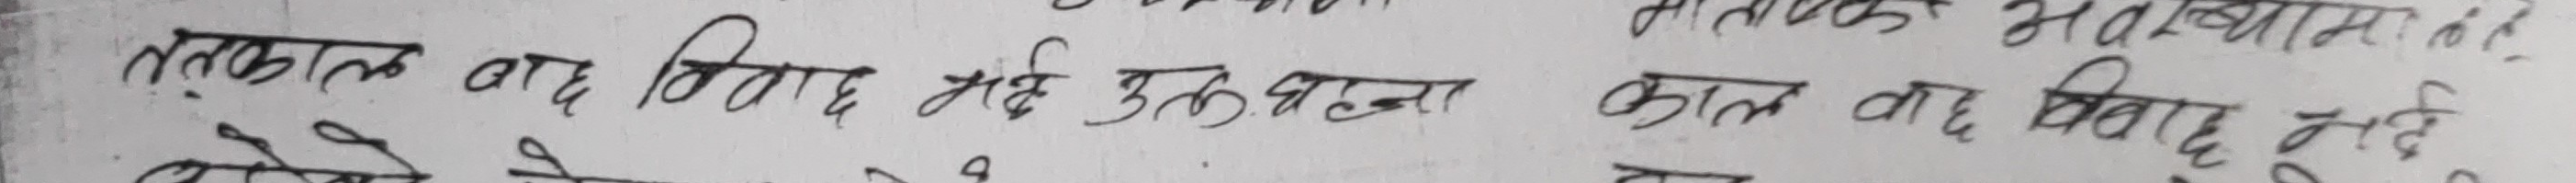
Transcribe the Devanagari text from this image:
तत्काल बाद विवाद नई कुरुषणा काल वह विवाद नई